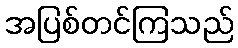
အပြစ်တင်ကြသည်